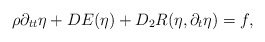
\begin{align*} \rho \partial_{tt} \eta + DE(\eta) + D_2R(\eta,\partial_t \eta) = f, \end{align*}